Lunatic asylums Central Provinces reports 1910-1926 - 1910-1926
Year: 1910
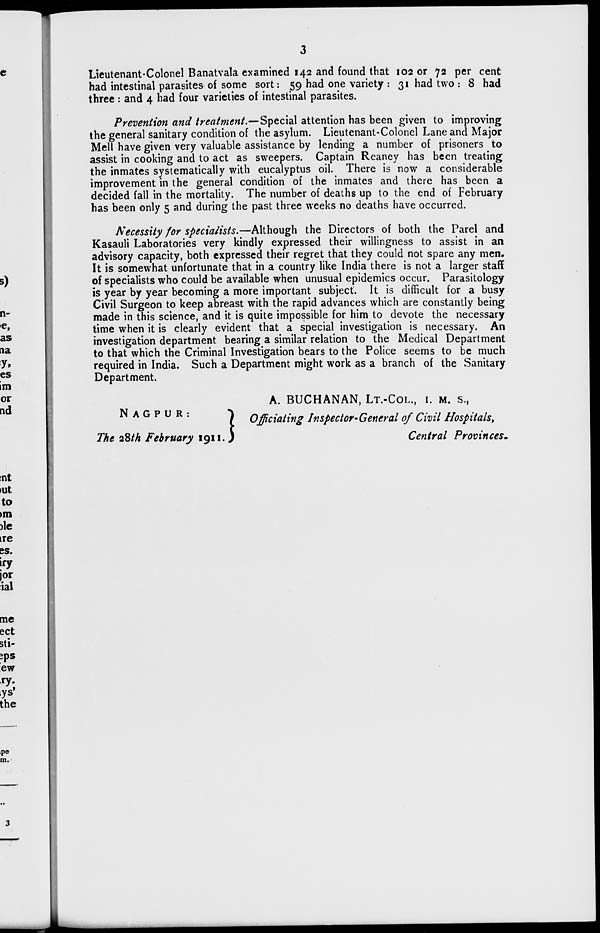
3
Lieutenant-Colonel Banatvala examined 142 and found that 102 or 72 per cent
had intestinal parasites of some sort: 59 had one variety : 31 had two : 8 had
three : and 4 had four varieties of intestinal parasites.
Prevention and treatment.—Special attention has been given to improving
the general sanitary condition of the asylum. Lieutenant-Colonel Lane and Major
Mell have given very valuable assistance by lending a number of prisoners to
assist in cooking and to act as sweepers. Captain Reaney has been treating
the inmates systematically with eucalyptus oil. There is now a considerable
improvement in the general condition of the inmates and there has been a
decided fall in the mortality. The number of deaths up to the end of February
has been only 5 and during the past three weeks no deaths have occurred.
Necessity for specialists.—Although the Directors of both the Parel and
Kasauli Laboratories very kindly expressed their willingness to assist in an
advisory capacity, both expressed their regret that they could not spare any men.
It is somewhat unfortunate that in a country like India there is not a larger staff
of specialists who could be available when unusual epidemics occur. Parasitology
is year by year becoming a more important subject. It is difficult for a busy
Civil Surgeon to keep abreast with the rapid advances which are constantly being
made in this science, and it is quite impossible for him to devote the necessary
time when it is clearly evident that a special investigation is necessary. An
investigation department bearing a similar relation to the Medical Department
to that which the Criminal Investigation bears to the Police seems to be much
required in India. Such a Department might work as a branch of the Sanitary
Department.
NAGPUR:
The 28th February 1911.
A. BUCHANAN, LT.-COL., I. M. S.,
Officiating Inspector-General of Civil Hospitals,
Central Provinces.